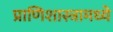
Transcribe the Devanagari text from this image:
प्राणिशास्त्रामध्ये